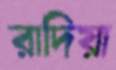
রাদিয়া